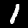
Digit: 1